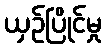
ယှဉ်ပြိုင်မှု